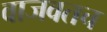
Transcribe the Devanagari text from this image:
वाजवतच